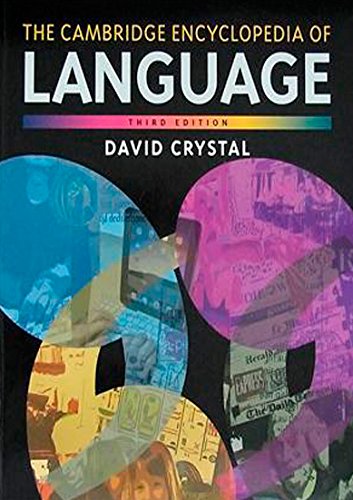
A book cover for The Cambridge Encyclopedia of Language; David Crystal; Reference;